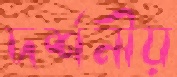
দর্শনীয়